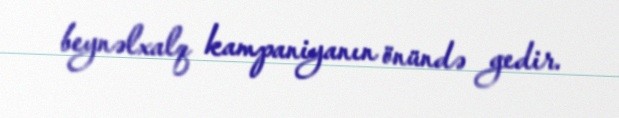
beynəlxalq kampaniyanın önündə gedir.